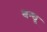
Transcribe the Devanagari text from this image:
बन्धू